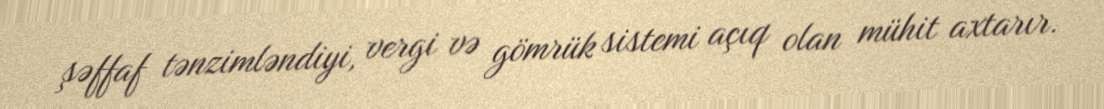
şəffaf tənzimləndiyi, vergi və gömrük sistemi açıq olan mühit axtarır.